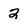
Character: 2